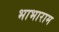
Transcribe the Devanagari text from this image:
भाभाराम